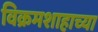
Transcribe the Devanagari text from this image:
विक्रमशाहाच्या